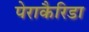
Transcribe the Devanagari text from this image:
पेराकैरिडा